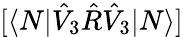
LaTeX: [\langle N|\hat{V}_{3}\hat{R}\hat{V}_{3}|N\rangle]